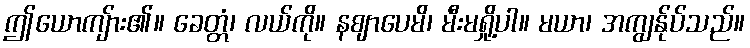
ဤယောကျ်ား၏။ ခေတ္တံ၊ လယ်ကို။ နဈာပေမိ၊ မီးမရှို့ပါ။ မယာ၊ အကျွန်ုပ်သည်။